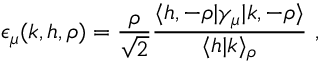
\epsilon _ { \mu } ( k , h , \rho ) = { \frac { \rho } { \sqrt { 2 } } } { \frac { \langle h , - \rho | \gamma _ { \mu } | k , - \rho \rangle } { \langle h | k \rangle _ { \rho } } } \ ,